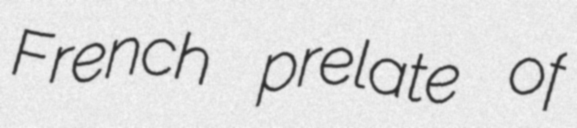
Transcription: French prelate of